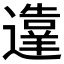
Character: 𬩙